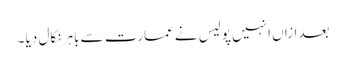
بعدازاں انہیں پولیس نے عمارت سے باہر نکال دیا ۔